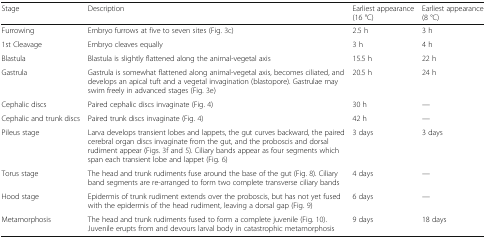
| Stage | Description | Earliest appearance (16 °C) | Earliest appearance (8 °C) |
 | --- | --- | --- | --- |
 | Furrowing | Embryo furrows at five to seven sites (Fig. 3c) | 2.5 h | 3 h |
 | 1st Cleavage | Embryo cleaves equally | 3 h | 4 h |
 | Blastula | Blastula is slightly flattened along the animal-vegetal axis | 15.5 h | 22 h |
 | Gastrula | Gastrula is somewhat flattened along animal-vegetal axis, becomes ciliated, and develops an apical tuft and a vegetal invagination (blastopore). Gastrulae may swim freely in advanced stages (Fig. 3e) | 20.5 h | 24 h |
 | Cephalic discs | Paired cephalic discs invaginate (Fig. 4) | 30 h | — |
 | Cephalic and trunk discs | Paired trunk discs invaginate (Fig. 4) | 42 h | — |
 | Pileus stage | Larva develops transient lobes and lappets, the gut curves backward, the paired cerebral organ discs invaginate from the gut, and the proboscis and dorsal rudiment appear (Figs. 3f and 5). Ciliary bands appear as four segments which span each transient lobe and lappet (Fig. 6) | 3 days | 3 days |
 | Torus stage | The head and trunk rudiments fuse around the base of the gut (Fig. 8). Ciliary band segments are re-arranged to form two complete transverse ciliary bands | 4 days | — |
 | Hood stage | Epidermis of trunk rudiment extends over the proboscis, but has not yet fused with the epidermis of the head rudiment, leaving a dorsal gap (Fig. 9) | 6 days | — |
 | Metamorphosis | The head and trunk rudiments fused to form a complete juvenile (Fig. 10). Juvenile erupts from and devours larval body in catastrophic metamorphosis | 9 days | 18 days |